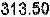
313.50